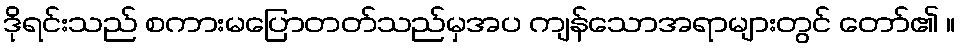
ဒိုရင်းသည် စကားမပြောတတ်သည်မှအပ ကျန်သောအရာများတွင် တော်၏ ။